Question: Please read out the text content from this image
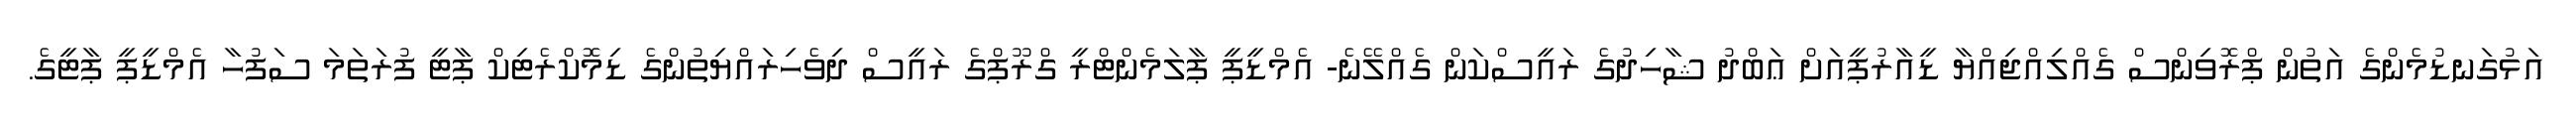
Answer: އަޅުގަނޑުމެންގެ އަތުން ޕްރޮވިންސް ގެއްލިއްޖިއްޔާ ޑީއާރުޕީއަށް ޢަބްދު ޝާހިދުގެ ރައީސްކަން ގެއްލޭނެ- އެމްޑީޕީ ޕާލަމެންޓްރީ ގްރޫޕްގެ ރައީސް ދިވެހިރައްޔިތުންގެ ޑިމޮކްރެޓިކް ޕާޓީ ފުރަތަމަ ސަފުހާ އެމްޑީޕީ ޕާޓީގެ.